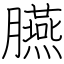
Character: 臙